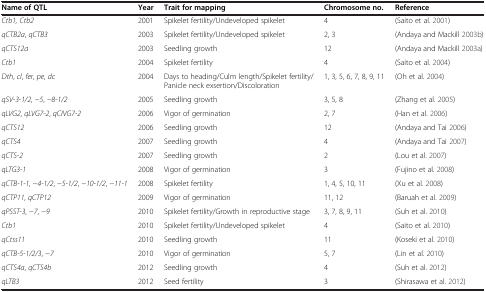
| Name of QTL | Year | Trait for mapping | Chromosome no. | Reference |
 | --- | --- | --- | --- | --- |
 | Ctb1, Ctb2 | 2001 | Spikelet fertility/Undeveloped spikelet | 4 | (Saito et al. [2001]) |
 | qCTB2a, qCTB3 | 2003 | Spikelet fertility/Undeveloped spikelet | 2, 3 | (Andaya and Mackill [2003b]) |
 | qCTS12a | 2003 | Seedling growth | 12 | (Andaya and Mackill [2003a]) |
 | Ctb1 | 2004 | Spikelet fertility | 4 | (Saito et al. [2004]) |
 | Dth, cl, fer, pe, dc | 2004 | Days to heading/Culm length/Spikelet fertility/Panicle neck exsertion/Discoloration | 1, 3, 5, 6, 7, 8, 9, 11 | (Oh et al. [2004]) |
 | qSV-3-1/2, −5, −8-1/2 | 2005 | Seedling growth | 3, 5, 8 | (Zhang et al. [2005]) |
 | qLVG2, qLVG7-2, qCIVG7-2 | 2006 | Vigor of germination | 2, 7 | (Han et al. [2006]) |
 | qCTS12 | 2006 | Seedling growth | 12 | (Andaya and Tai [2006]) |
 | qCTS4 | 2007 | Seedling growth | 4 | (Andaya and Tai [2007]) |
 | qCTS-2 | 2007 | Seedling growth | 2 | (Lou et al. [2007]) |
 | qLTG3-1 | 2008 | Vigor of germination | 3 | (Fujino et al. [2008]) |
 | qCTB-1-1, −4-1/2, −5-1/2, −10-1/2, −11-1 | 2008 | Spikelet fertility | 1, 4, 5, 10, 11 | (Xu et al. [2008]) |
 | qCTP11, qCTP12 | 2009 | Vigor of germination | 11, 12 | (Baruah et al. [2009]) |
 | qPSST-3, −7, −9 | 2010 | Spikelet fertility/Growth in reproductive stage | 3, 7, 8, 9, 11 | (Suh et al. [2010]) |
 | Ctb1 | 2010 | Spikelet fertility/Undeveloped spikelet | 4 | (Saito et al. [2010]) |
 | qCtss11 | 2010 | Seedling growth | 11 | (Koseki et al. [2010]) |
 | qCTB-5-1/2/3, −7 | 2010 | Vigor of germination | 5, 7 | (Lin et al. [2010]) |
 | qCTS4a, qCTS4b | 2012 | Seedling growth | 4 | (Suh et al. [2012]) |
 | qLTB3 | 2012 | Seed fertility | 3 | (Shirasawa et al. [2012]) |